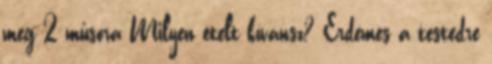
meg 2 műsora Milyen ételt kívánsz? Érdemes a testedre